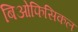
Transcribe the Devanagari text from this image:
बिओफिसिकल